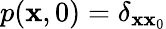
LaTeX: p(\mathbf{x},0)=\delta_{\mathbf{x}\mathbf{x}_{0}}